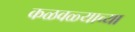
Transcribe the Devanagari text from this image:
कळवळ्याच्या